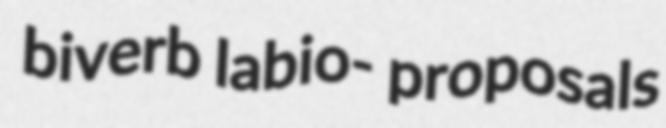
biverb labio- proposals